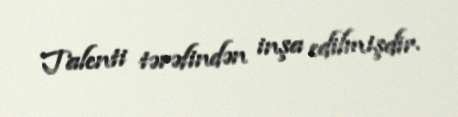
Talenti tərəfindən inşa edilmişdir.